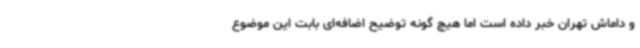
و داماش تهران خبر داده است اما هیچ گونه توضیح اضافه‌ای بابت این موضوع